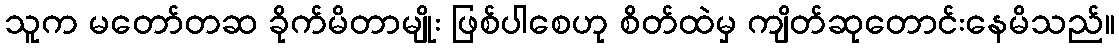
သူက မတော်တဆ ခိုက်မိတာမျိုး ဖြစ်ပါစေဟု စိတ်ထဲမှ ကျိတ်ဆုတောင်းနေမိသည်။